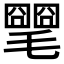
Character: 𣰡